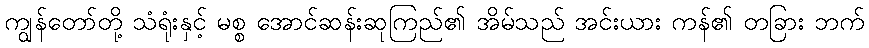
ကျွန်တော်တို့ သံရုံးနှင့် မစ္စ အောင်ဆန်းဆုကြည်၏ အိမ်သည် အင်းယား ကန်၏ တခြား ဘက်